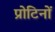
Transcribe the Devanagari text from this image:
प्रोटिनों